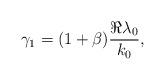
LaTeX: \begin{align*}\gamma_1 = (1+ \beta)\frac{\Re \lambda_0}{k_0},\end{align*}